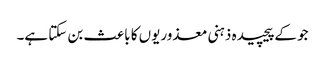
جو کےپیچیدہ ذہنی معذوریوں کا باعث بن سکتا ہے۔